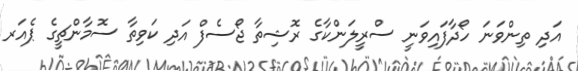
އަދި ތިންވަނަ ހޯދާފައިވަނީ ސްރީލަންކާގެ ރޮޝިތާ ޖޯސެފް އަދި ކަވިތާ ސޮމާންޗީގެ ޕެއަރ